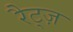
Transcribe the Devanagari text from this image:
रैट्ज़